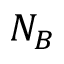
N _ { B }